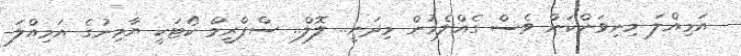
އަމިއްލަ މިނިވަންކަން ވެސް ގެއްލެމުން މިދަނީ.. ލޮލް.. ސްޕްރީމް ކޯޓަކީ ޔާމިނުގެ އަމިއްލަ